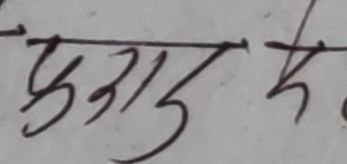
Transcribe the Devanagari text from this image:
पुराड